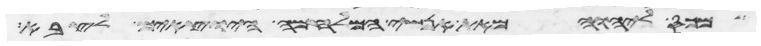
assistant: מכס ליהוה מאת אנשי המלחמה היוצאים לצבא